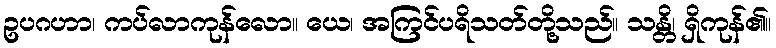
ဥပဂဟာ၊ ကပ်လာကုန်လော။ ယေ၊ အကြင်ပရိသတ်တို့သည်။ သန္တိ၊ ရှိကုန်၏။